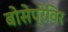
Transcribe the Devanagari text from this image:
बोसेप्रेविर